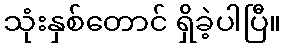
သုံးနှစ်တောင် ရှိခဲ့ပါပြီ။